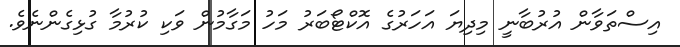
އިސްތަވާން އުރުބާނީ މިދިޔަ އަހަރުގެ އޮކްޓޯބަރު މަހު މަގާމުން ވަކި ކުރުމާ ގުޅިގެންނެވެ.